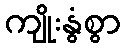
ကျိုးနွံစွာ